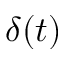
\delta ( t )